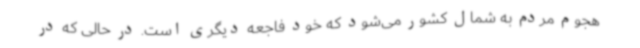
هجوم مردم به شمال کشور می‌شود که خود فاجعه دیگری است. در حالی که در